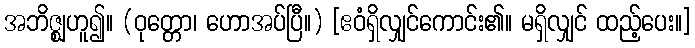
အဘိဇ္ဈဟူ၍။ (ဝုတ္တော၊ ဟောအပ်ပြီ။) [ဧဝံရှိလျှင်ကောင်း၏။ မရှိလျှင် ထည့်ပေး။]